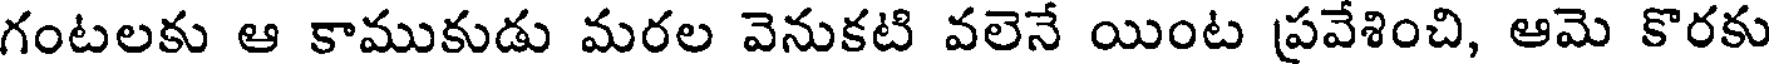
గంటలకు ఆ కాముకుడు మరల వెనుకటి వలెనే యింట ప్రవేశించి, ఆమె కొరకు